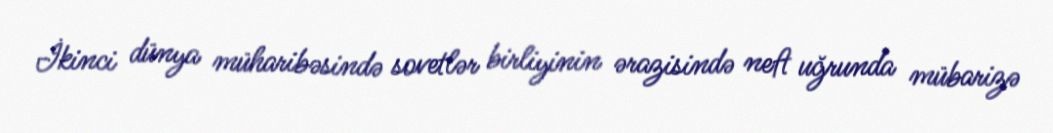
İkinci dünya müharibəsində sovetlər birliyinin ərazisində neft uğrunda mübarizə